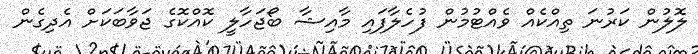
ލޮލުން ކަރުނަ ތިއްކެއް ވެއްޓުމުން ފުހެލާފައި މާއިޝާ ބޯޖަހާލީ ކޮއްކޮގެ ޖަވާބަކަށް އެދިގެން